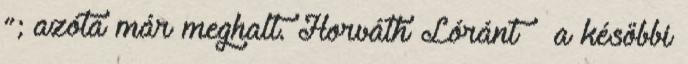
”; azóta már meghalt. Horváth Lóránt – a későbbi